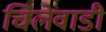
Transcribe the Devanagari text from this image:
चिलेवाडी